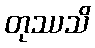
တုဿသိ